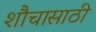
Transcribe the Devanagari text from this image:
शौचासाठी